Veterinary regulations India, 1939 -
Year: 1939
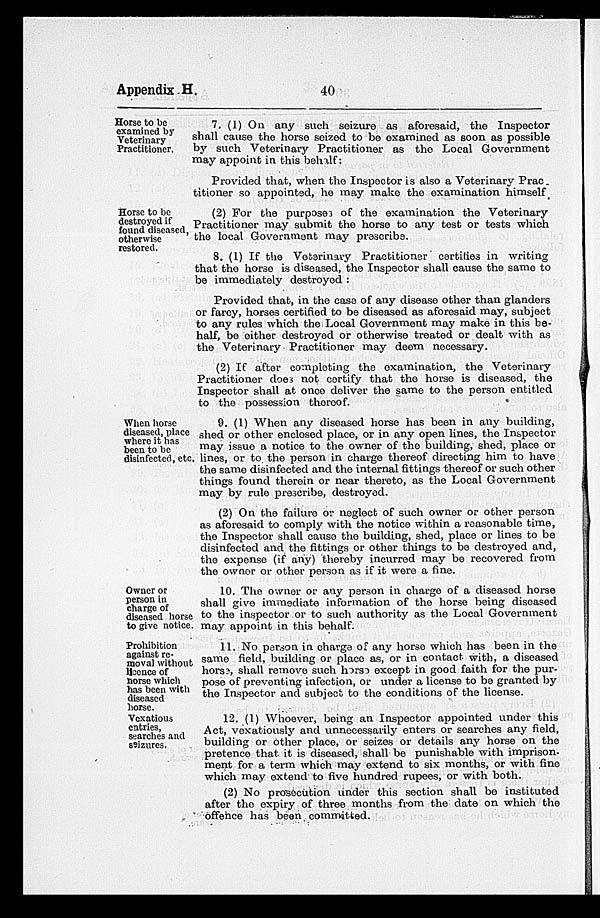
Appendix H.
40
Horse to be
examined by
Veterinary
Practitioner.
7. (1) On any such seizure as aforesaid, the Inspector
shall cause the horse seized to be examined as soon as possible
by such Veterinary Practitioner as the Local Government
may appoint in this behalf:
Provided that, when the Inspector is also a Veterinary Prac-
titioner so appointed, he may make the examination himself
Horse to be
destroyed if
found diseased,
otherwise
restored.
(2) For the purposes of the examination the Veterinary
Practitioner may submit the horse to any test or tests which
the local Government may prescribe.
8. (1) If the Veterinary Practitioner certifies in writing
that the horse is diseased, the Inspector shall cause the same to
be immediately destroyed :
Provided that, in the case of any disease other than glanders
or farcy, horses certified to be diseased as aforesaid may, subject
to any rules which the Local Government may make in this be-
half, be either destroyed or otherwise treated or dealt with as
the Veterinary Practitioner may deem necessary.
(2) If after completing the examination, the Veterinary
Practitioner does not certify that the horse is diseased, the
Inspector shall at once deliver the same to the person entitled
to the possession thereof.
When horse
diseased, place
where it has
been to be
disinfected, etc.
9. (1) When any diseased horse has been in any building,
shed or other enclosed place, or in any open lines, the Inspector
may issue a notice to the owner of the building, shed, place or
lines, or to the person in charge thereof directing him to have
the same disinfected and the internal fittings thereof or such other
things found therein or near thereto, as the Local Government
may by rule prescribe, destroyed.
(2) On the failure or neglect of such owner or other person
as aforesaid to comply with the notice within a reasonable time,
the Inspector shall cause the building, shed, place or lines to be
disinfected and the fittings or other things to be destroyed and,
the expense (if any) thereby incurred may be recovered from
the owner or other person as if it were a fine.
Owner or
person in
charge of
diseased horse
to give notice.
10. The owner or any person in charge of a diseased horse
shall give immediate information of the horse being diseased
to the inspector or to such authority as the Local Government
may appoint in this behalf.
Prohibition
against re-
moval without
licence of
horse which
has been with
diseased
horse.
11. No person in charge of any horse which has been in the
same field, building or place as, or in contact with, a diseased
horse, shall remove such horse except in good faith for the pur-
pose of preventing infection, or under a license to be granted by
the Inspector and subject to the conditions of the license.
Vexatious
entries,
searches and
seizures.
12. (1) Whoever, being an Inspector appointed under this
Act, vexatiously and unnecessarily enters or searches any field,
building or other place, or seizes or details any horse on the
pretence that it is diseased, shall be punishable with imprison-
ment for a term which may extend to six months, or with fine
which may extend to five hundred rupees, or with both.
(2) No prosecution under this section shall be instituted
after the expiry of three months from the date on which the
offence has been committed.